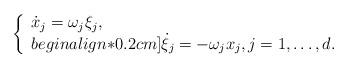
LaTeX: \begin{align*}\left \lbrace \begin{array}{l}\dot{x}_j = \omega_j \xi_j, \\begin{align*}0.2cm]\dot{\xi}_j = - \omega_j x_j, j=1, \ldots , d.\end{array} \right.\end{align*}